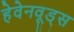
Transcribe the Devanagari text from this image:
हेवेनवूड्स